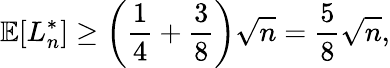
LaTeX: \mathbb{E}[L_{n}^{*}]\geq\left({\frac{1}{4}}+{\frac{3}{8}}\right){\sqrt{n}}={\frac{5}{8}}{\sqrt{n}},